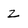
Character: Z